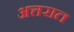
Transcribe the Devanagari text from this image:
अत्तरात